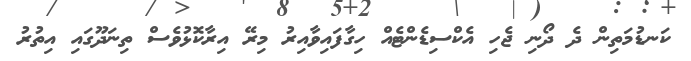
ކަނޑުމަތިން ދެ ދޯނި ޖެހި އެކްސިޑެންޓެއް ހިގާފައިވާއިރު މިރޭ އިރާކޮޅުވެސް ތިނަދޫގައި އިތުރު